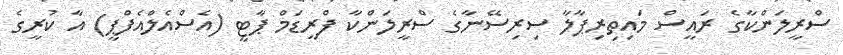
ސްރީލަންކާގެ ރައީސް މައިތިރިޕާލާ ސިރިސޭނާގެ ސްރީލަންކާ ފްރީޑަމް ޕާޓީ (އެސްއެލްއެފްޕީ) އާ ކުރީގެ